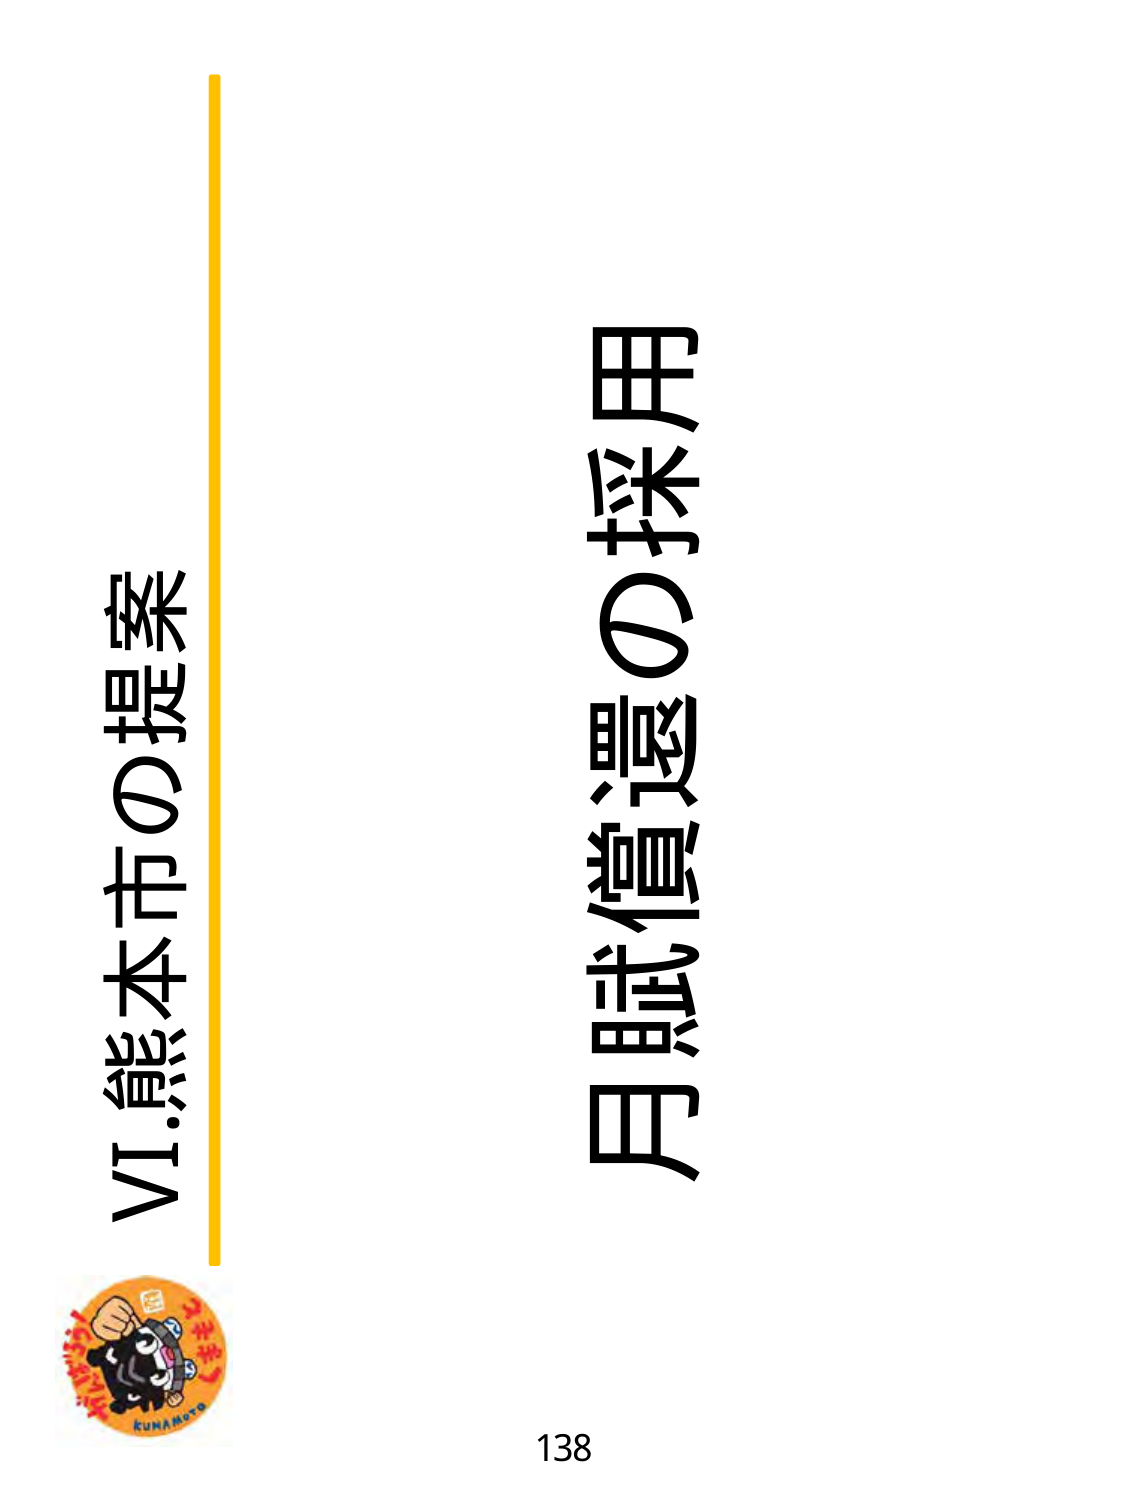
VI.熊本市の提案
月賦償還の採用
138
KUNAMOTO